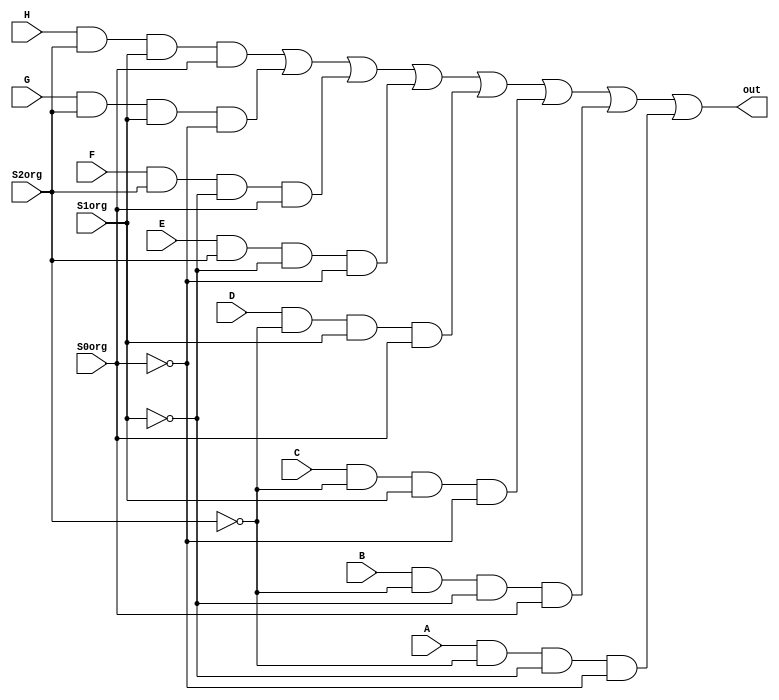
module bitmux8(out, A, B, C, D, E, F, G, H, S2org, S1org, S0org);
	output out;
	input  A, B, C, D, E, F, G, H, S0org, S1org, S2org;
	wire   S0inv, S1inv, S2inv;
	wire   [7:0] stat;

	not n0(S0inv, S0org);
	not n1(S1inv, S1org);
	not n2(S2inv, S2org);
	
	and A1(stat[0], A, S2inv, S1inv, S0inv);
	and A2(stat[1], B, S2inv, S1inv, S0org);
	and A3(stat[2], C, S2inv, S1org, S0inv);
	and A4(stat[3], D, S2inv, S1org, S0org);
	and A5(stat[4], E, S2org, S1inv, S0inv);
	and A6(stat[5], F, S2org, S1inv, S0org);
	and A7(stat[6], G, S2org, S1org, S0inv);
	and A8(stat[7], H, S2org, S1org, S0org);


	or O1(out, stat[7], stat[6], stat[5], stat[4], stat[3], stat[2], stat[1], stat[0]);			// Collector OR Gate
endmodule

module bitmux4(out, A, B, C, D, S1org, S0org);
	output out;
	input  A, B, C, D, S0org, S1org;
	wire   S0inv, S1inv;
	wire   [3:0] stat;

	not n0(S0inv, S0org);
	not n1(S1inv, S1org);

	and A1(stat[0], A, S1inv, S0inv);
	and A2(stat[1], B, S1inv, S0org);
	and A3(stat[2], C, S1org, S0inv);
	and A4(stat[3], D, S1org, S0org);

	or  O1(out, stat[3], stat[2], stat[1], stat[0]);
endmodule

module bitmux2(out, A, B, S0org);
	output out;
	input  A, B, S0org;
	wire   S0inv;
	wire   [1:0] stat;

	not n0(S0inv, S0org);

	and A1(stat[0], A, S0inv);
	and A2(stat[1], B, S0org);
	
	or  O1(out, stat[1], stat[0]);
endmodule

module bytemux8(out, A, B, C, D, E, F, G, H, S2, S1, S0);
	output [7:0] out;
	input  [7:0] A, B, C, D, E, F, G, H;
	input  S0, S1, S2;

	bitmux8 mx0(out[0], A[0], B[0], C[0], D[0], E[0], F[0], G[0], H[0], S2, S1, S0);
	bitmux8 mx1(out[1], A[1], B[1], C[1], D[1], E[1], F[1], G[1], H[1], S2, S1, S0);
	bitmux8 mx2(out[2], A[2], B[2], C[2], D[2], E[2], F[2], G[2], H[2], S2, S1, S0);
	bitmux8 mx3(out[3], A[3], B[3], C[3], D[3], E[3], F[3], G[3], H[3], S2, S1, S0);
	bitmux8 mx4(out[4], A[4], B[4], C[4], D[4], E[4], F[4], G[4], H[4], S2, S1, S0);
	bitmux8 mx5(out[5], A[5], B[5], C[5], D[5], E[5], F[5], G[5], H[5], S2, S1, S0);
	bitmux8 mx6(out[6], A[6], B[6], C[6], D[6], E[6], F[6], G[6], H[6], S2, S1, S0);
	bitmux8 mx7(out[7], A[7], B[7], C[7], D[7], E[7], F[7], G[7], H[7], S2, S1, S0);
endmodule

module bytemux4(out, A, B, C, D, S1, S0);
	output [7:0] out;
	input  [7:0] A, B, C, D;
	input  S0, S1;

	bitmux4 mx0(out[0], A[0], B[0], C[0], D[0], S1, S0);
	bitmux4 mx1(out[1], A[1], B[1], C[1], D[1], S1, S0);
	bitmux4 mx2(out[2], A[2], B[2], C[2], D[2], S1, S0);
	bitmux4 mx3(out[3], A[3], B[3], C[3], D[3], S1, S0);
	bitmux4 mx4(out[4], A[4], B[4], C[4], D[4], S1, S0);
	bitmux4 mx5(out[5], A[5], B[5], C[5], D[5], S1, S0);
	bitmux4 mx6(out[6], A[6], B[6], C[6], D[6], S1, S0);
	bitmux4 mx7(out[7], A[7], B[7], C[7], D[7], S1, S0);
endmodule

module bytemux2(out, A, B, S0);
	output [7:0] out;
	input  [7:0] A, B;
	input  S0;

	bitmux2 mx0(out[0], A[0], B[0], S0);
	bitmux2 mx1(out[1], A[1], B[1], S0);
	bitmux2 mx2(out[2], A[2], B[2], S0);
	bitmux2 mx3(out[3], A[3], B[3], S0);
	bitmux2 mx4(out[4], A[4], B[4], S0);
	bitmux2 mx5(out[5], A[5], B[5], S0);
	bitmux2 mx6(out[6], A[6], B[6], S0);
	bitmux2 mx7(out[7], A[7], B[7], S0);
endmodule

module bitdecoder8(A, B, C, D, E, F, G, H, S2org, S1org, S0org, En);
	output A, B, C, D, E, F, G, H;
	input  S0org, S1org, S2org, En;
	wire   S0inv, S1inv, S2inv;

	not n0(S0inv, S0org);
	not n1(S1inv, S1org);
	not n2(S2inv, S2org);
	
	and A1(A, S2inv, S1inv, S0inv, En);
	and A2(B, S2inv, S1inv, S0org, En);
	and A3(C, S2inv, S1org, S0inv, En);
	and A4(D, S2inv, S1org, S0org, En);
	and A5(E, S2org, S1inv, S0inv, En);
	and A6(F, S2org, S1inv, S0org, En);
	and A7(G, S2org, S1org, S0inv, En);
	and A8(H, S2org, S1org, S0org, En);
endmodule